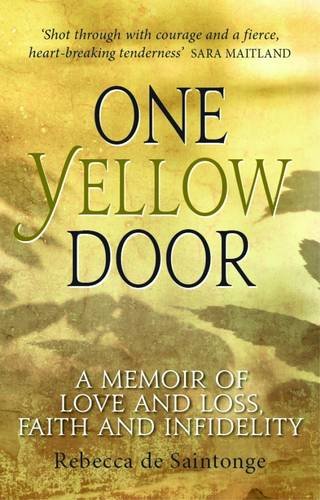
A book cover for One Yellow Door: A memoir of love and loss, faith and infidelity; Rebecca de Saintonge; Self-Help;